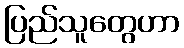
ပြည်သူတွေဟာ